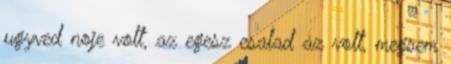
ugyved noje volt, az egesz csalad az volt, megsem